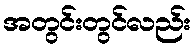
အတွင်းတွင်လည်း